Report on the working of the Ranchi Indian Mental Hospital, Kanke, in Bihar and Orissa - 1930-1940
Year: 1930
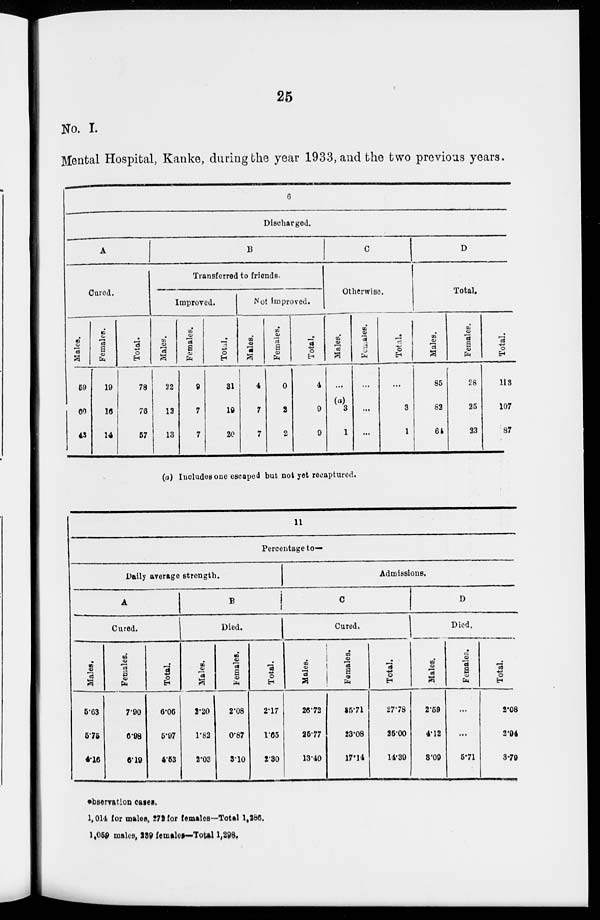
25
No. I.
Mental Hospital, Kanke, during the year 1933, and the two previous years.
6
Discharged.
A
Cured.
Males.
59
60
43
Fe ma le
s .
19
16
14
Tot al .
78
76
57
B
Transferred to friends.
Improved.
Mal es .
22
12
13
Females.
9
7
7
Total.
31
19
20
Not improved.
Males.
4
7
7
Fe ma l
e s .
0
2
2
Total.
4
9
9
C
Otherwise.
Males.
...
(a)
3
1
Females.
..
...
...
Total.
...
3
1
D
Total.
Males.
85
82
64
Fe ma l
e
28
25
23
Tot al .
113
107
87
(a) Includes one escaped but not yet recaptured.
11
Percentage to—
Daily average strength.
A
Cured.
Males.
5.63
5.75
4.16
Females.
7.90
6.98
6.19
Total.
6.06
5.97
4.53
B
Died.
Males.
2.20
1.82
2.03
Females.
2.08
0.87
3.10
Total.
2.17
1.65
2.30
Admissions.
C
Cured.
Males.
26.72
25.77
13.40
Females.
25.71
23.08
17.14
Total.
27.78
25.00
14.39
D
Died.
Males.
2.59
4.12
3.09
Females.
...
...
5.71
Total.
2.08
2.94
3.79
observation cases.
1,014 for males, 272 for females—Total 1,286.
1,059 males, 239 females-Total 1,298.